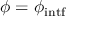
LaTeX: \phi = \phi _ { \mathrm { i n t f } }